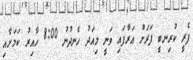
ފެރީ ކުރިނބީ ފަރަށް އަރާފައި ވަނީ މިއަދު ހެނދުނު 8:00 ހާއިރު ކަމަށާއި